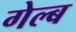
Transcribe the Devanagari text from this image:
गेल्ब